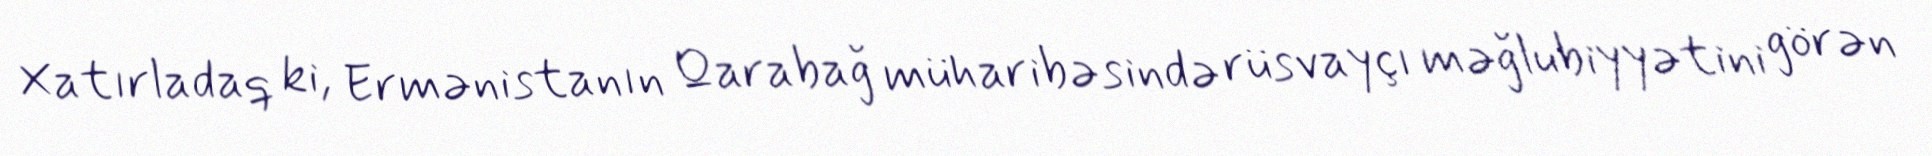
Xatırladaq ki, Ermənistanın Qarabağ müharibəsində rüsvayçı məğlubiyyətini görən